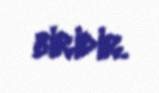
biridir.